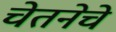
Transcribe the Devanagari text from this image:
चेतनेचे